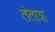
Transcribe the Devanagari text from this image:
तंताश